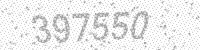
Solution: 397550